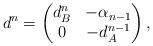
LaTeX: \begin{align*}d^n=\begin{pmatrix}d^{n}_B & -\alpha_{n-1}\\0 & -d^{n-1}_{A} \\\end{pmatrix},\end{align*}